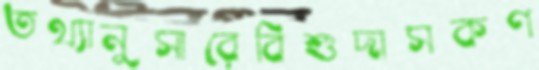
তথ্যানুসারেবিশুদাসকণ